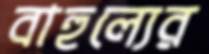
বাহুল্যের